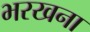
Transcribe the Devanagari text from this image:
भरखना